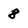
Character: 8